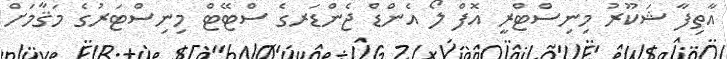
އާތިފާ ޝަކޫރު މިނިސްޓްރީ އޮފް ލޯ އެންޑް ޖެންޑަރގެ ސްޓޭޓް މިނިސްޓަރުގެ މަޤާމަށް